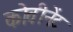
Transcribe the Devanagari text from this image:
कोवीनेंट